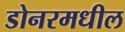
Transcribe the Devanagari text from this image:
डोनरमधील